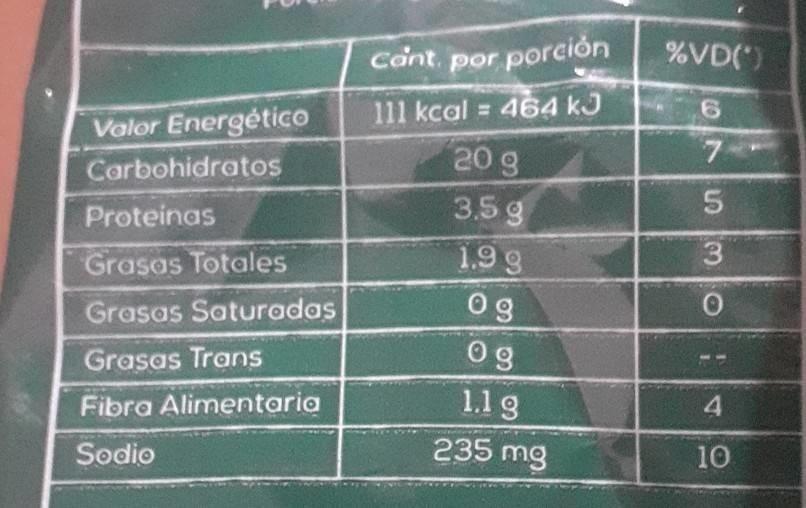
Valor Energético
Carbohidratos
Proteinas
Grasas Totales
Grasas Saturadas
Grasas Trans
Fibra Alimentaria
Sodio
Cant, por porción
111 kcal = 464 kJ
20 g
3.5 g
1.9 g
og
0g
1.1 g
235 mg
%VD(*)
645
7
3
O
4
10